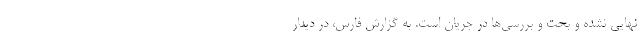
نهایی نشده و بحت و بررسی‌ها در جریان است. به گزارش فارس، در دیدار